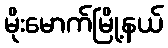
မိုးမောက်မြို့နယ်